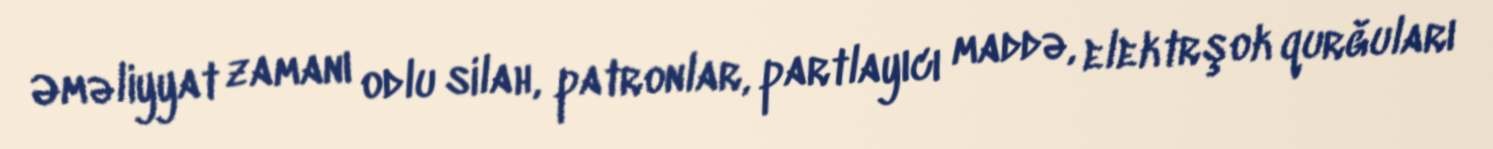
Əməliyyat zamanı odlu silah, patronlar, partlayıcı maddə, elektrşok qurğuları